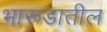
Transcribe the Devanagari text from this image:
भारूडातील